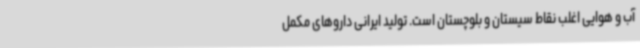
آب و هوایی اغلب نقاط سیستان و بلوچستان است. تولید ایرانی داروهای مکمل